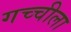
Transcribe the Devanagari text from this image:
गच्चीला